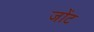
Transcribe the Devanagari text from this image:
जोंट